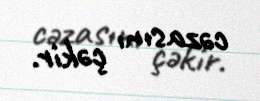
cəzasını çəkir.